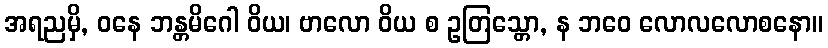
အရညမှိ, ဝနေ ဘန္တမိဂေါ ဝိယ၊ ဗာလော ဝိယ စ ဥတြသ္တော, န ဘဝေ လောလလောစနော။